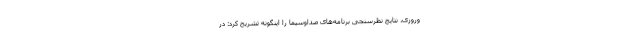
وروزی، نتایج نظرسنجی برنامه‌های صداوسیما را اینگونه تشریح کرد: در